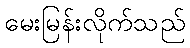
မေးမြန်းလိုက်သည်